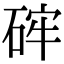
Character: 𥒪